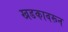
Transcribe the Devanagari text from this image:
खडकावरून